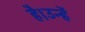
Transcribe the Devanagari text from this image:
है।उन्हें